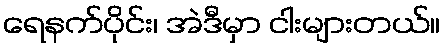
ရေနက်ပိုင်း၊ အဲဒီမှာ ငါးများတယ်။